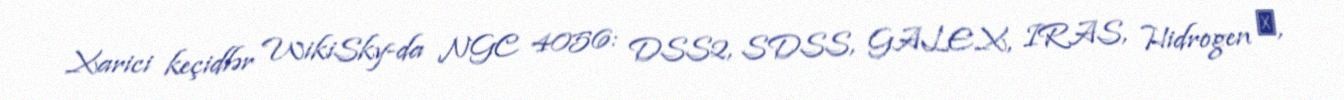
Xarici keçidlər WikiSky-da NGC 4056: DSS2, SDSS, GALEX, IRAS, Hidrogen α,